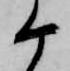
ヶ